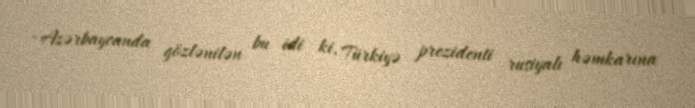
- Azərbaycanda gözlənilən bu idi ki, Türkiyə prezidenti rusiyalı həmkarına